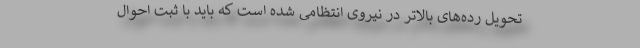
تحویل رده‌های بالاتر در نیروی انتظامی شده است که باید با ثبت احوال